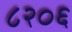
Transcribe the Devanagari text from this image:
८२०६